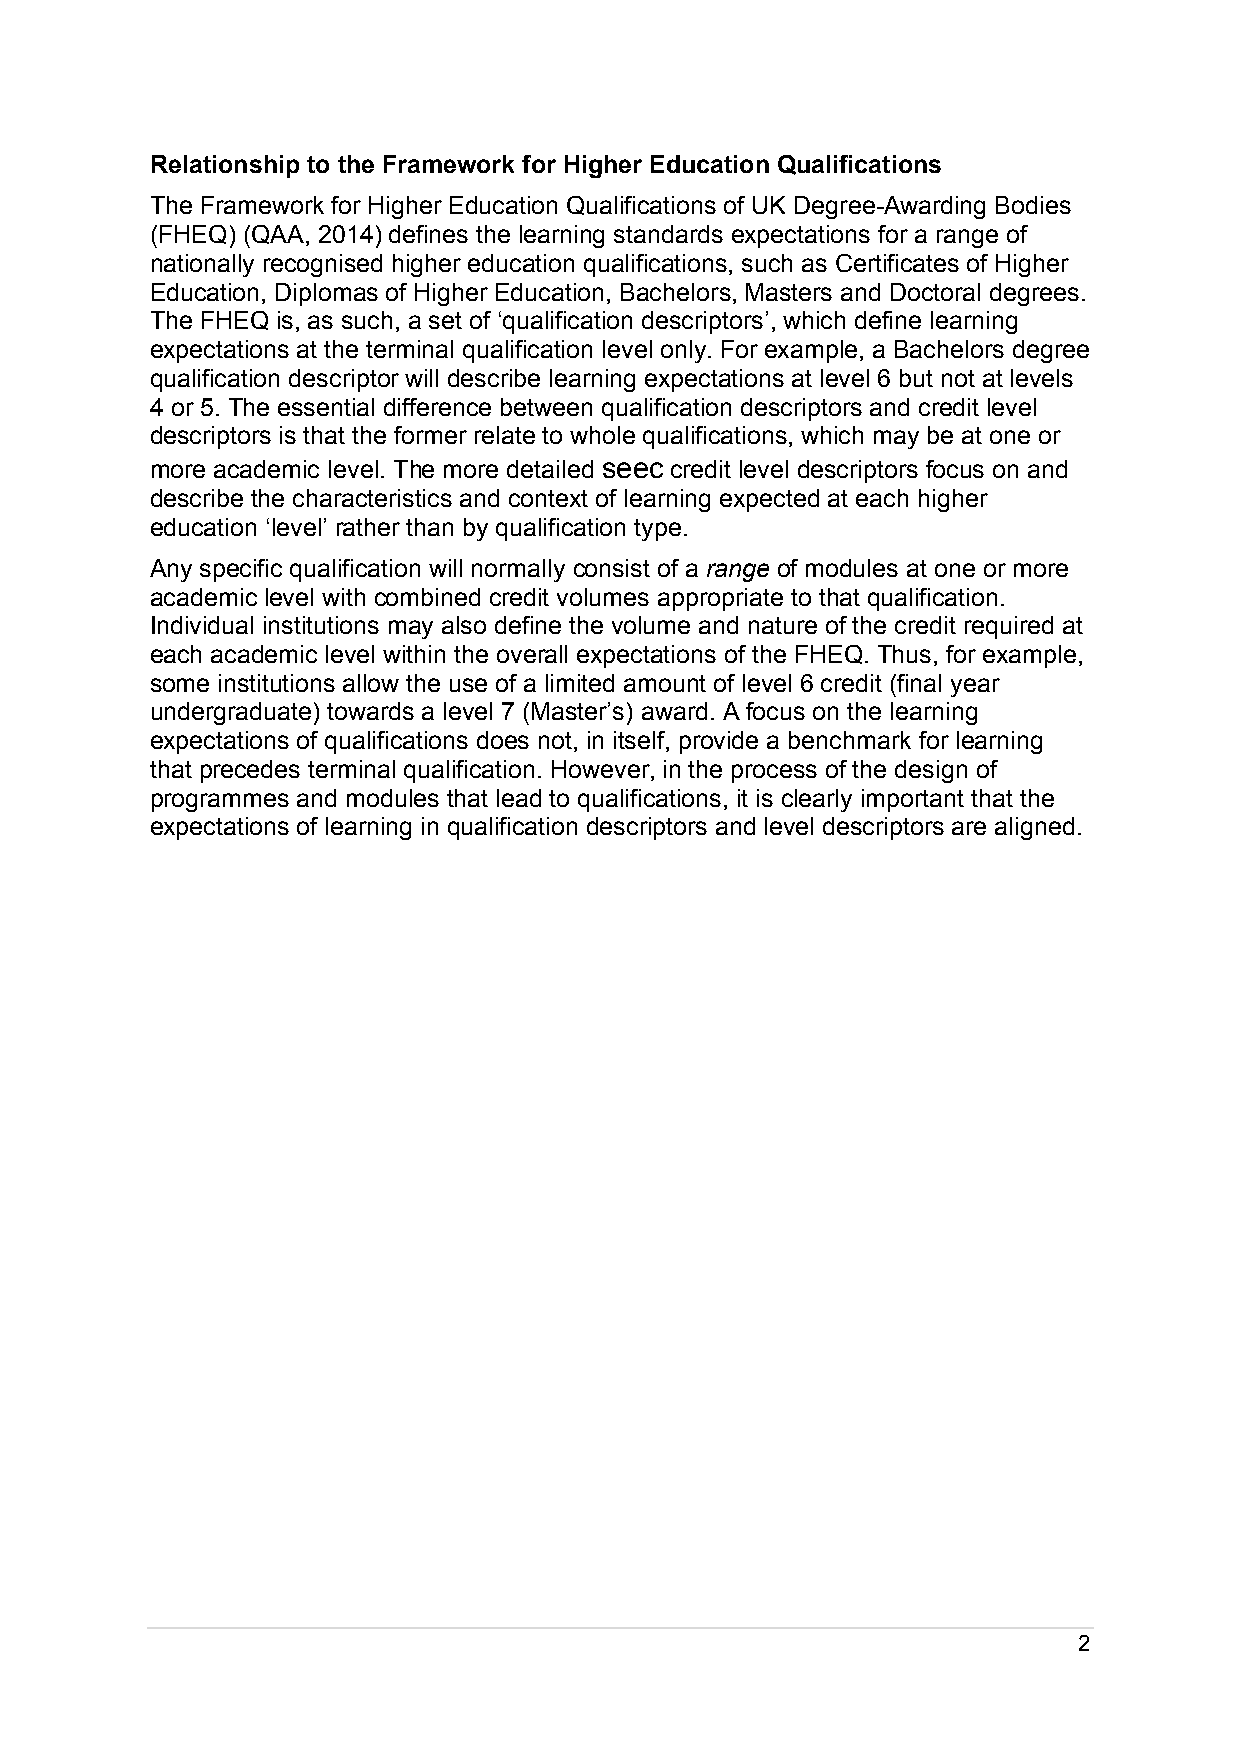
Relationship to the Framework for Higher Education Qualifications
 The Framework for Higher Education Qualifications of UK Degree-Awarding Bodies
 (FHEQ) (QAA, 2014) defines the learning standards expectations for a range of
 nationally recognised higher education qualifications, such as Certificates of Higher
 Education, Diplomas of Higher Education, Bachelors, Masters and Doctoral degrees.
 The FHEQ is, as such, a set of ‘qualification descriptors’, which define learning
 expectations at the terminal qualification level only. For example, a Bachelors degree
 qualification descriptor will describe learning expectations at level 6 but not at levels
 4 or 5. The essential difference between qualification descriptors and credit level
 descriptors is that the former relate to whole qualifications, which may be at one or
 more academic level. The more detailed seec credit level descriptors focus on and
 describe the characteristics and context of learning expected at each higher
 education ‘level’ rather than by qualification type.
 Any specific qualification will normally consist of a range of modules at one or more
 academic level with combined credit volumes appropriate to that qualification.
 Individual institutions may also define the volume and nature of the credit required at
 each academic level within the overall expectations of the FHEQ. Thus, for example,
 some institutions allow the use of a limited amount of level 6 credit (final year
 undergraduate) towards a level 7 (Master’s) award. A focus on the learning
 expectations of qualifications does not, in itself, provide a benchmark for learning
 that precedes terminal qualification. However, in the process of the design of
 programmes and modules that lead to qualifications, it is clearly important that the
 expectations of learning in qualification descriptors and level descriptors are aligned.
 2